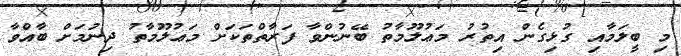
މި ބީލަމާއި ގުޅިގެން އިތުރު މަޢުލޫމާތު ބޭނުންވާ ފަރާތްތަކަށް މަޢުލޫމާތު ދިނުމަށް ބާއްވާ